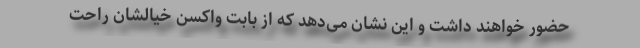
حضور خواهند داشت و این نشان‌ می‌دهد که از بابت واکسن خیالشان راحت